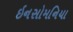
ઇનસોમનિયા